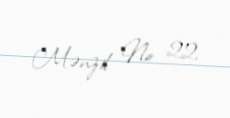
Mənzil: № 22